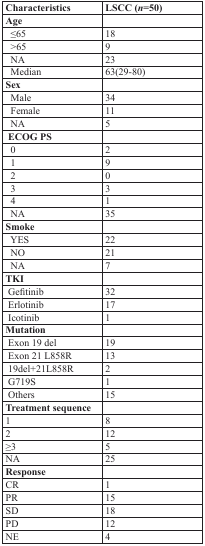
<table><thead><tr><td><b>Characteristics</b></td><td><b>LSCC (<i>n</i>=50)</b></td></tr></thead><tbody><tr><td><b>Age</b></td><td></td></tr><tr><td> ≤65</td><td>18</td></tr><tr><td> &gt;65</td><td>9</td></tr><tr><td> NA</td><td>23</td></tr><tr><td> Median</td><td>63(29-80)</td></tr><tr><td><b>Sex</b></td><td></td></tr><tr><td> Male</td><td>34</td></tr><tr><td> Female</td><td>11</td></tr><tr><td> NA</td><td>5</td></tr><tr><td><b>ECOG PS</b></td><td></td></tr><tr><td> 0</td><td>2</td></tr><tr><td> 1</td><td>9</td></tr><tr><td> 2</td><td>0</td></tr><tr><td> 3</td><td>3</td></tr><tr><td> 4</td><td>1</td></tr><tr><td> NA</td><td>35</td></tr><tr><td><b>Smoke</b></td><td></td></tr><tr><td> YES</td><td>22</td></tr><tr><td> NO</td><td>21</td></tr><tr><td> NA</td><td>7</td></tr><tr><td><b>TKI</b></td><td></td></tr><tr><td> Gefitinib</td><td>32</td></tr><tr><td> Erlotinib</td><td>17</td></tr><tr><td> Icotinib</td><td>1</td></tr><tr><td><b>Mutation</b></td><td></td></tr><tr><td> Exon 19 del</td><td>19</td></tr><tr><td> Exon 21 L858R</td><td>13</td></tr><tr><td> 19del+21L858R</td><td>2</td></tr><tr><td> G719S</td><td>1</td></tr><tr><td> Others</td><td>15</td></tr><tr><td><b>Treatment sequence</b></td><td></td></tr><tr><td>1</td><td>8</td></tr><tr><td>2</td><td>12</td></tr><tr><td>≥3</td><td>5</td></tr><tr><td>NA</td><td>25</td></tr><tr><td><b>Response</b></td><td></td></tr><tr><td>CR</td><td>1</td></tr><tr><td>PR</td><td>15</td></tr><tr><td>SD</td><td>18</td></tr><tr><td>PD</td><td>12</td></tr><tr><td>NE</td><td>4</td></tr></tbody></table>